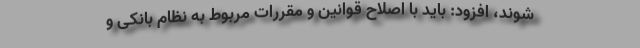
شوند، افزود: باید با اصلاح قوانین و مقررات مربوط به نظام بانکی و